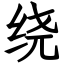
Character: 绕